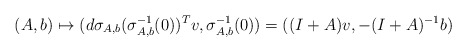
\begin{align*} (A,b)\mapsto(d\sigma_{A,b}(\sigma_{A,b}^{-1}(0))^Tv, \sigma_{A,b}^{-1}(0))=((I+A)v,-(I+A)^{-1}b)\end{align*}